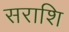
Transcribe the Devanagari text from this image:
सराशि